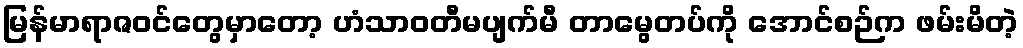
မြန်မာရာဇဝင်တွေမှာတော့ ဟံသာဝတီမပျက်မီ တာမွေတပ်ကို အောင်စဉ်က ဖမ်းမိတဲ့